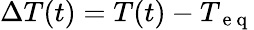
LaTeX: \Delta T(t)=T(t)-T_{\mathrm{~e~q~}}